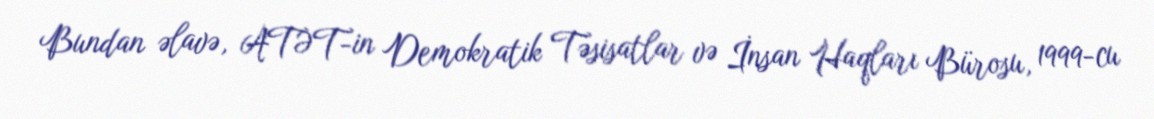
Bundan əlavə, ATƏT-in Demokratik Təsisatlar və İnsan Haqları Bürosu, 1999-cu